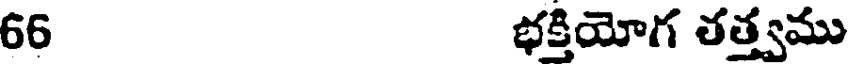
66 భక్తియోగ తత్త్వము